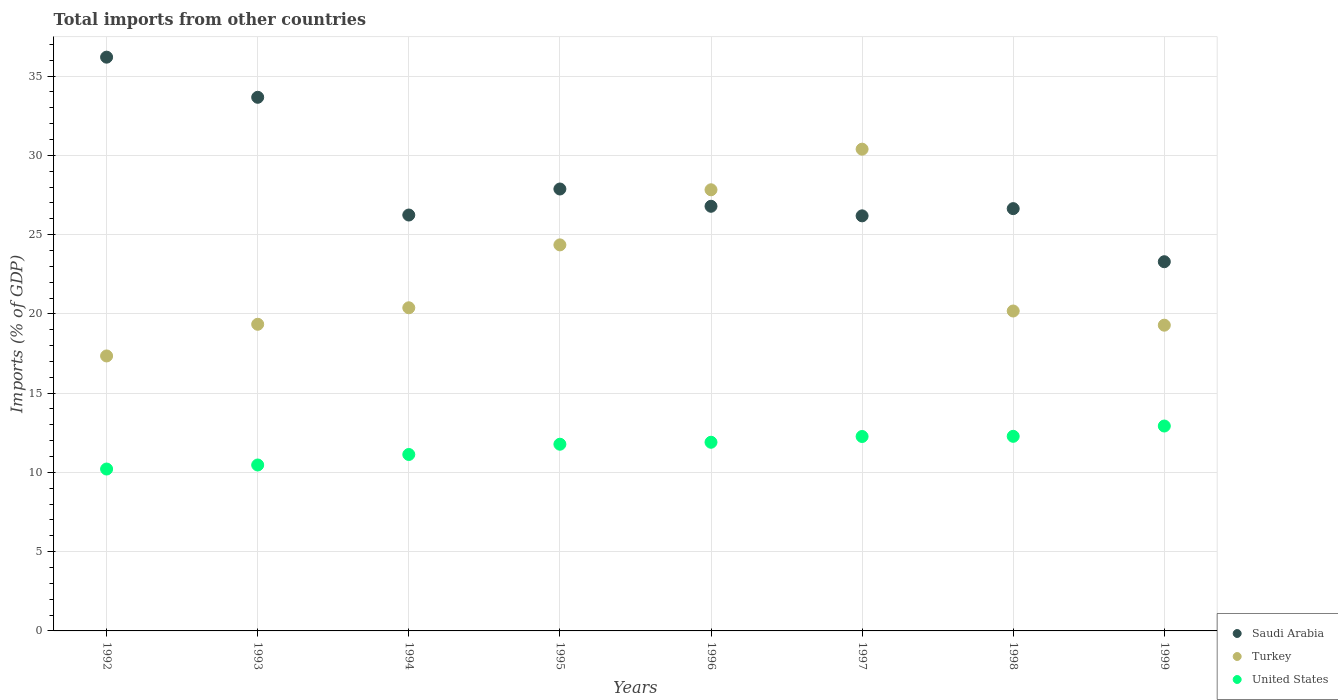
| Years | Saudi Arabia | Turkey | United States |
 | --- | --- | --- | --- |
 | 1992 | 36.2 | 17.3 | 10.2 |
 | 1993 | 33.7 | 19.3 | 10.5 |
 | 1994 | 26.2 | 20.4 | 11.1 |
 | 1995 | 27.9 | 24.4 | 11.8 |
 | 1996 | 26.8 | 27.8 | 11.9 |
 | 1997 | 26.2 | 30.4 | 12.3 |
 | 1998 | 26.6 | 20.2 | 12.3 |
 | 1999 | 23.3 | 19.3 | 12.9 |